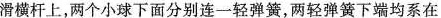
滑横杆上，两个小球下面分别连一轻弹簧，两轻弹簧下端均系在